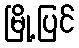
မြို့ပြင်